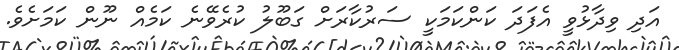
އަދި ވިދާޅުވީ އެފަދަ ކަންކަމަކީ ސަރުކާރަށް ގަބޫލު ކުރެވޭނެ ކަމެއް ނޫން ކަމަށެވެ.